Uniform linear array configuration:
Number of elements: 4
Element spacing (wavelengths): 0.5
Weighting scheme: cosine
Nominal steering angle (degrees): -30
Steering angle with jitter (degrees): -29.061
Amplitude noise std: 0.05
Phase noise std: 0.05

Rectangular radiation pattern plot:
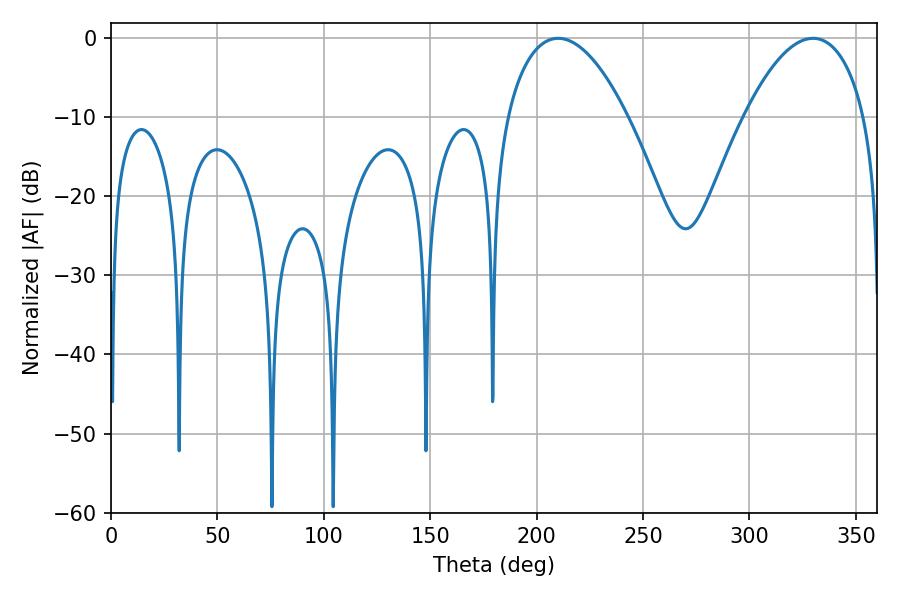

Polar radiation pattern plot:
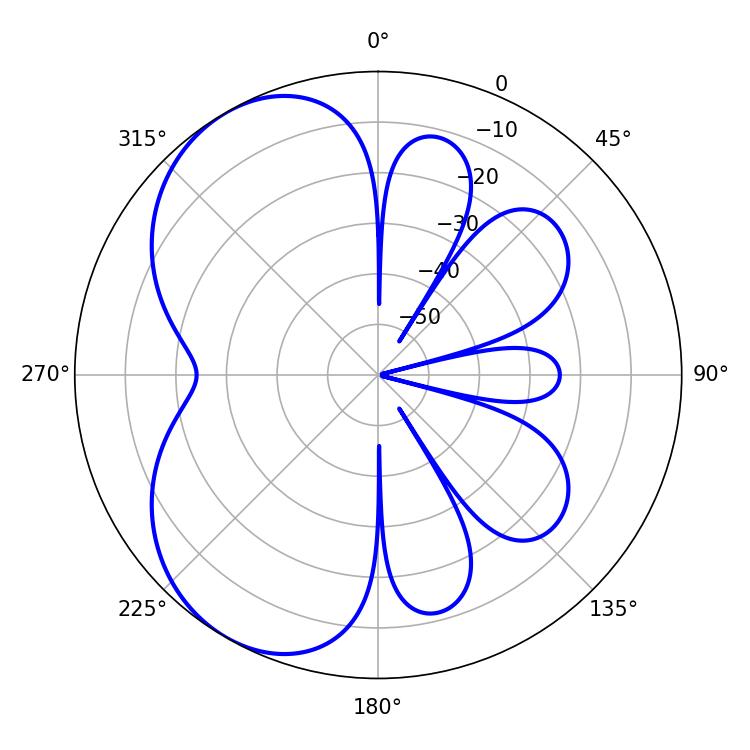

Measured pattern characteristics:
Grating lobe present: FALSE
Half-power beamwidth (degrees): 31.68
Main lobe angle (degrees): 210.06